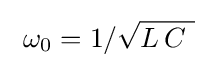
\ \omega _{0}=1/{\sqrt {L\,C~}}\